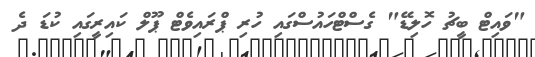
"ވައިޓް ބީޗު ހޮލިޑޭ" ގެސްޓްހައުސްގައި ހުރި ޕްރައިވެޓް ޕޫލް ކައިރީގައި ކުޑަ ދެ